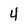
Character: 4